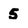
Character: 5